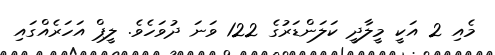
މެއި 2 އަކީ މީލާދީ ކަލަންޑަރުގެ 122 ވަނަ ދުވަހެވެ. ލީޕް އަހަރެއްގައި